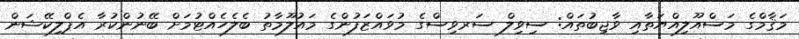
މަޤާމްގެ މަސްއޫލިއްޔަތާއި ވާޖިބުތައް: ސިވިލް ސަރވިސްގެ މުވައްޒަފުންގެ މައުލޫމާތު ބެލެހެއްޓުމަށް ބޭނުންކުރާ އެޕްލިކޭޝަން